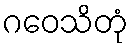
ဂဝေသိတုံ